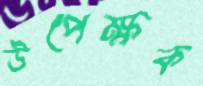
উপেক্ষক